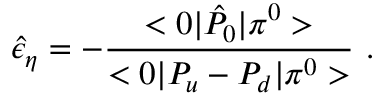
\hat { \epsilon } _ { \eta } = - { \frac { < 0 | \hat { P } _ { 0 } | \pi ^ { 0 } > } { < 0 | P _ { u } - P _ { d } | \pi ^ { 0 } > } } \ .